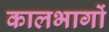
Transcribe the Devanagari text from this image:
कालभागों